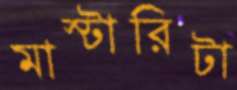
মাস্টারিটা